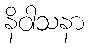
နိဝါသနာ